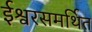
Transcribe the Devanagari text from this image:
ईश्वरसमर्थित